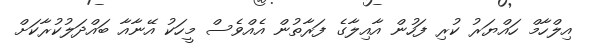
އިލްހާމް ހައްޔަރު ކުރި ފަހުން އާއިލާގެ ފަރާތުން އެއްވެސް މީހަކު އޭނާއާ ބައްދަލުކުރާކަށް